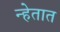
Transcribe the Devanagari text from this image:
न्हेतात